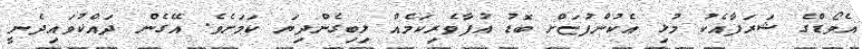
އެވޯޑްގެ ޝަރަފާއެކު މުޅި އެކުންފުޏަށް ބޮޑު އުފާވެރިކަމެއް ލިބިގެންދިޔަ ކަމަށެވެ. އޭގެން ދައްކުވައިދެނީ